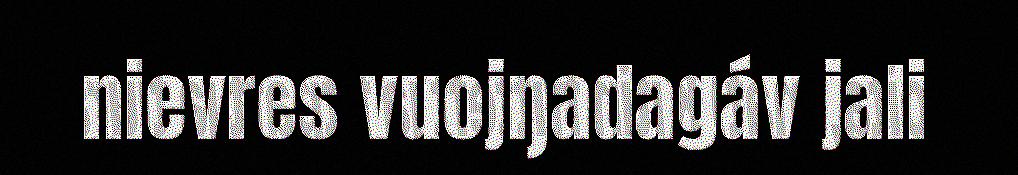
nievres vuojŋadagáv jali